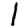
Digit: 1